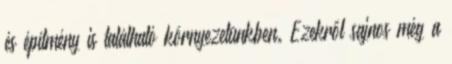
és építmény is található környezetünkben. Ezekről sajnos még a